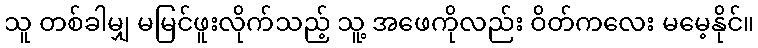
သူ တစ်ခါမျှ မမြင်ဖူးလိုက်သည့် သူ့ အဖေကိုလည်း ဝိတ်ကလေး မမေ့နိုင်။